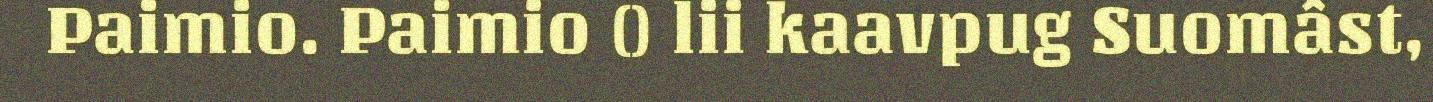
Paimio. Paimio () lii kaavpug Suomâst,